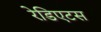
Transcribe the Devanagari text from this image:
रेडिएटस